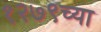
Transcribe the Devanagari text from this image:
१२७९च्या